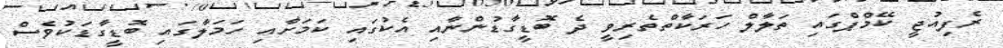
ރެފިއުޖީ ކޭމްޕްގައި ތަލާލް ހަރަކާތްތެރިވީ ދެ ބޮޑީގާޑުންނާއި އެކުގައި ކަމަށާއި ހަމަލާގައި ބޮޑީގާޑަކުވެސް